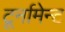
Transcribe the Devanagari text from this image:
टूर्नामेन्‍ट